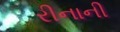
રીનાની